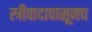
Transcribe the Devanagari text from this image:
स्त्रीवादापासूनच